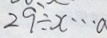
2 9 \div x \cdots a